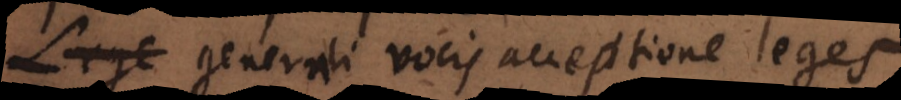
Lege vocis acceptione leges